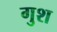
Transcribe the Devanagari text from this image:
गुश